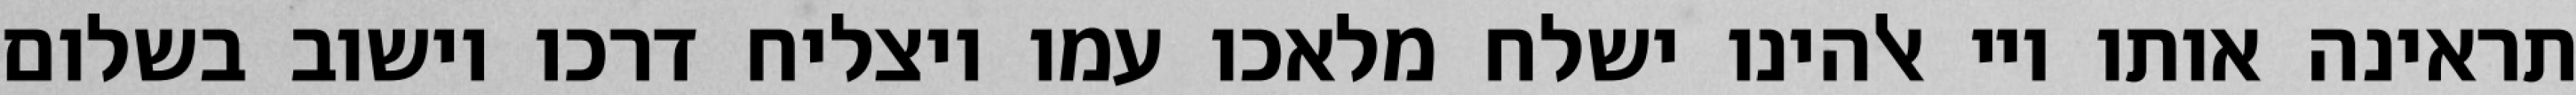
תראינה אותו ויי אלהינו ישלח מלאכו עמו ויצליח דרכו וישוב בשלום